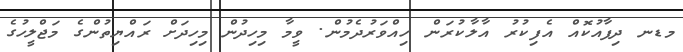
މޑނ ދިފާއުކޮއް އެފިކުރު އާލާކުރަން ހިއްވަރުދެމުން. ވީމާ މިހިދުން މިހިދަށް ރައްޔިތުންގެ މަޖްލީހުގެ